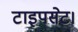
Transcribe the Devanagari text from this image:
टाइपसेट।